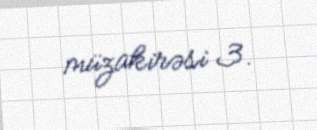
müzakirəsi 3.